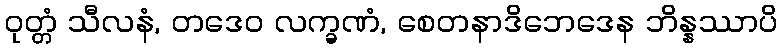
ဝုတ္တံ သီလနံ, တဒေဝ လက္ခဏံ, စေတနာဒိဘေဒေန ဘိန္နဿာပိ